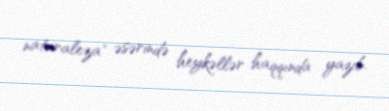
naturaleza" əsərində heykəllər haqqında yazıb.